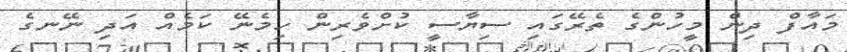
މައާފް ދިން މީހުންގެ ތެރޭގައި ސިޔާސީ ކުށްވެރިން ހިމެނޭ ކަމެއް އަދި ނޭނގެ